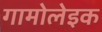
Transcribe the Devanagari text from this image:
गामोलेइक